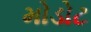
મોડોટ